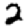
Digit: 2